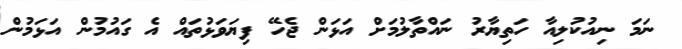
ނަމަ ނިއުކުލިއާ ހަތިޔާރު ނައްތާލުމަށް އަޅަން ޖެހޭ ފިޔަވަޅުތައް އެ ގައުމުން އަޅަމުން